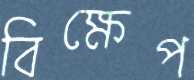
বিক্ষেপ